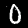
Label: 0